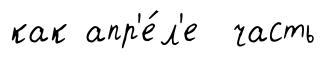
как апр'е́л'е часть